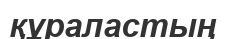
құраластың